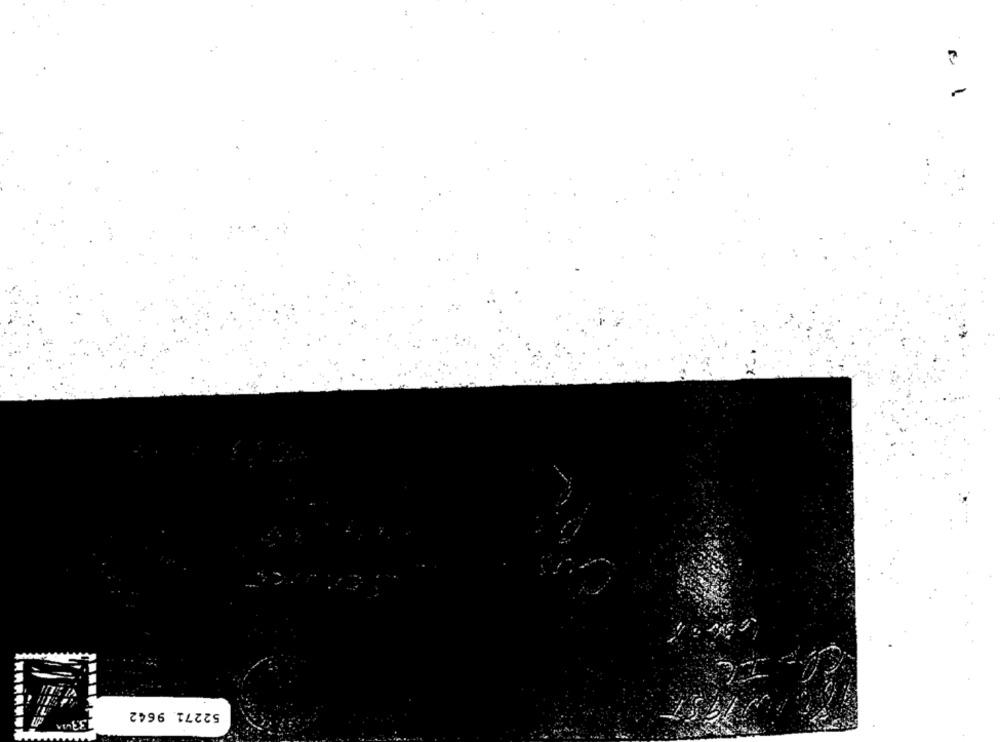
1
52271 9642